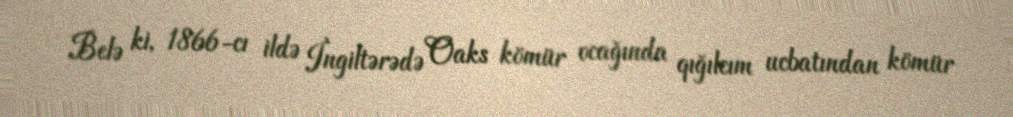
Belə ki, 1866-cı ildə İngiltərədə Oaks kömür ocağında qığılcım ucbatından kömür